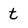
Character: t